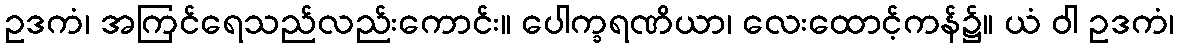
ဥဒကံ၊ အကြင်ရေသည်လည်းကောင်း။ ပေါက္ခရဏိယာ၊ လေးထောင့်ကန်၌။ ယံ ဝါ ဥဒကံ၊